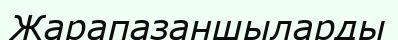
Жарапазаншыларды